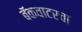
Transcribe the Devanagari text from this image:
बॅकवाटरचा